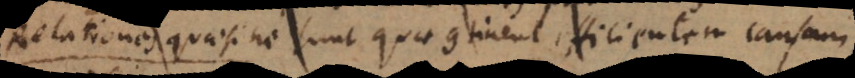
Relationes quaesitae sunt quae pertinent ad causam